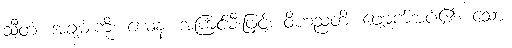
သီတံ၊ အချမ်းကို။ ယေန၊ အကြင်မီးဖြင့်။ ဝိဟညတိ၊ ဖျောက်အပ်၏။ သော၊